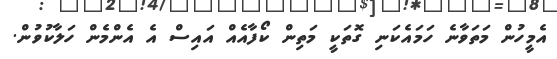
އެމީހުން މަތަވާނެ ހަމައެކަނި ގޮތަކީ މަތިން ކޯފާއެއް އައިސް އެ އެންމެން ހަލާކުވުން.